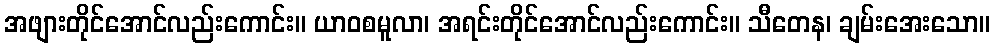
အဖျားတိုင်အောင်လည်းကောင်း။ ယာဝစမူလာ၊ အရင်းတိုင်အောင်လည်းကောင်း။ သီတေန၊ ချမ်းအေးသော။